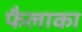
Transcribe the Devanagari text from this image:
फैलाका